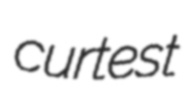
curtest